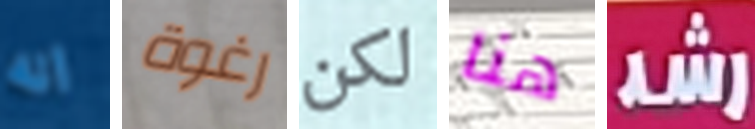
انه رغوة لكن هنا رشد